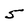
Character: 5